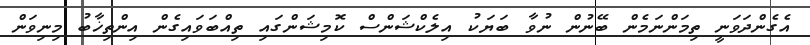
އެގެންދަވަނީ ތިމަންނަމެން ބޭނުން ނުވާ ބަޔަކު އިލެކްޝަންސް ކޮމިޝަންގައި ތިއްބަވައިގެން އިންތިޚާބު މިނިވަން